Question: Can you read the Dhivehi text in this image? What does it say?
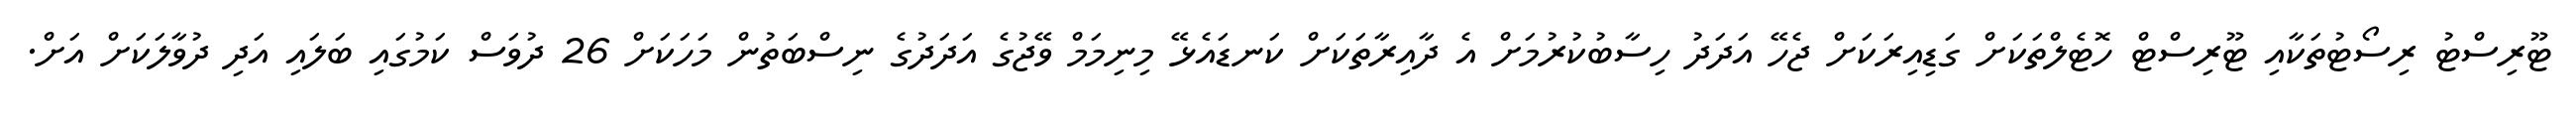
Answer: ޓޫރިސްޓު ރިސޯޓުތަކާއި ޓޫރިސްޓް ހޮޓެލްތަކަށް ގަޑިއިރަކަށް ޖެހޭ އަދަދު ހިސާބުކުރުމަށް އެ ދާއިރާތަކަށް ކަނޑައެޅޭ މިނިމަމް ވޭޖުގެ އަދަދުގެ ނިސްބަތުން މަހަކަށް 26 ދުވަސް ކަމުގައި ބަލައި އަދި ދުވާލަކަށް އަށް.